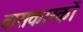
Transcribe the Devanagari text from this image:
वासकारकों